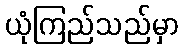
ယုံကြည်သည်မှာ